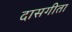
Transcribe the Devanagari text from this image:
दासगीता